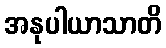
အနုပါယာသာတိ